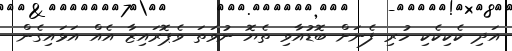
އަދި ކެކިކެކި ހުރި ފެނަށް ބޮޑުއާވި ތެޔޮ ނުވަތަ ވެޕޮރައިޒާ އެއް އަޅައިގެން